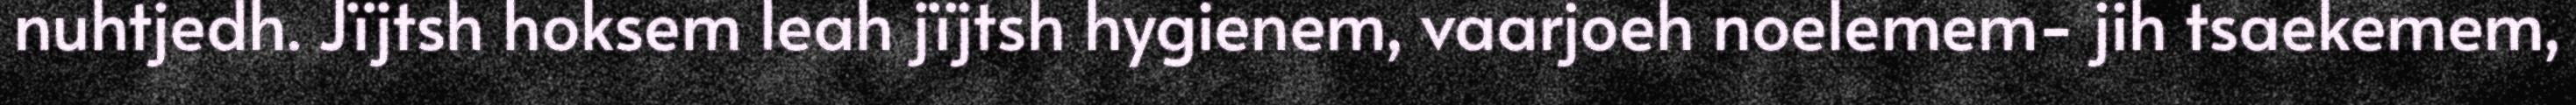
nuhtjedh. Jïjtsh hoksem leah jïjtsh hygienem, vaarjoeh noelemem- jih tsaekemem,